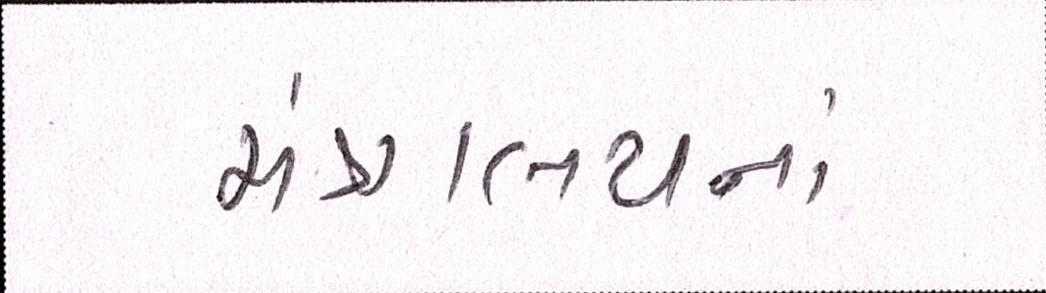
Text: મંત્રાલયનાં